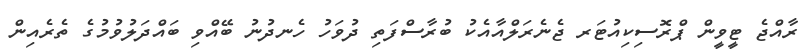
ރާއްޖެ ޓީވީން ޕްރޮސިކިއުޓަރ ޖެނެރަލްއާއެކު ބުރާސްފަތި ދުވަހު ހެނދުނު ބޭއްވި ބައްދަލުވުމުގެ ތެރެއިން